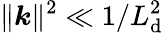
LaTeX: \| \boldsymbol{k}\| ^{2}\ll1/L_{\mathrm{d}}^{2}